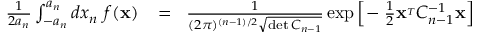
\begin{array} { r l r } { { \frac { 1 } { 2 a _ { n } } } \int _ { - a _ { n } } ^ { a _ { n } } d x _ { n } \ f ( { \bf x } ) } & { { } \! = \! } & { { \frac { 1 } { ( 2 \pi ) ^ { ( n - 1 ) / 2 } \sqrt { \operatorname* { d e t } C _ { n - 1 } } } } \exp \Big [ \! - { \frac { 1 } { 2 } } { \bf x } ^ { _ T } C _ { n - 1 } ^ { - 1 } { \bf x } \Big ] } \end{array}